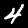
Digit: 4